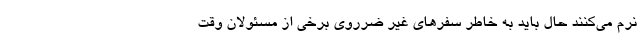
نرم می‌کنند حال باید به خاطر سفرهای غیر ضرروی برخی از مسئولان وقت